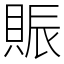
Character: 賑